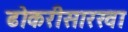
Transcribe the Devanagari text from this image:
ढोकरीसारखा